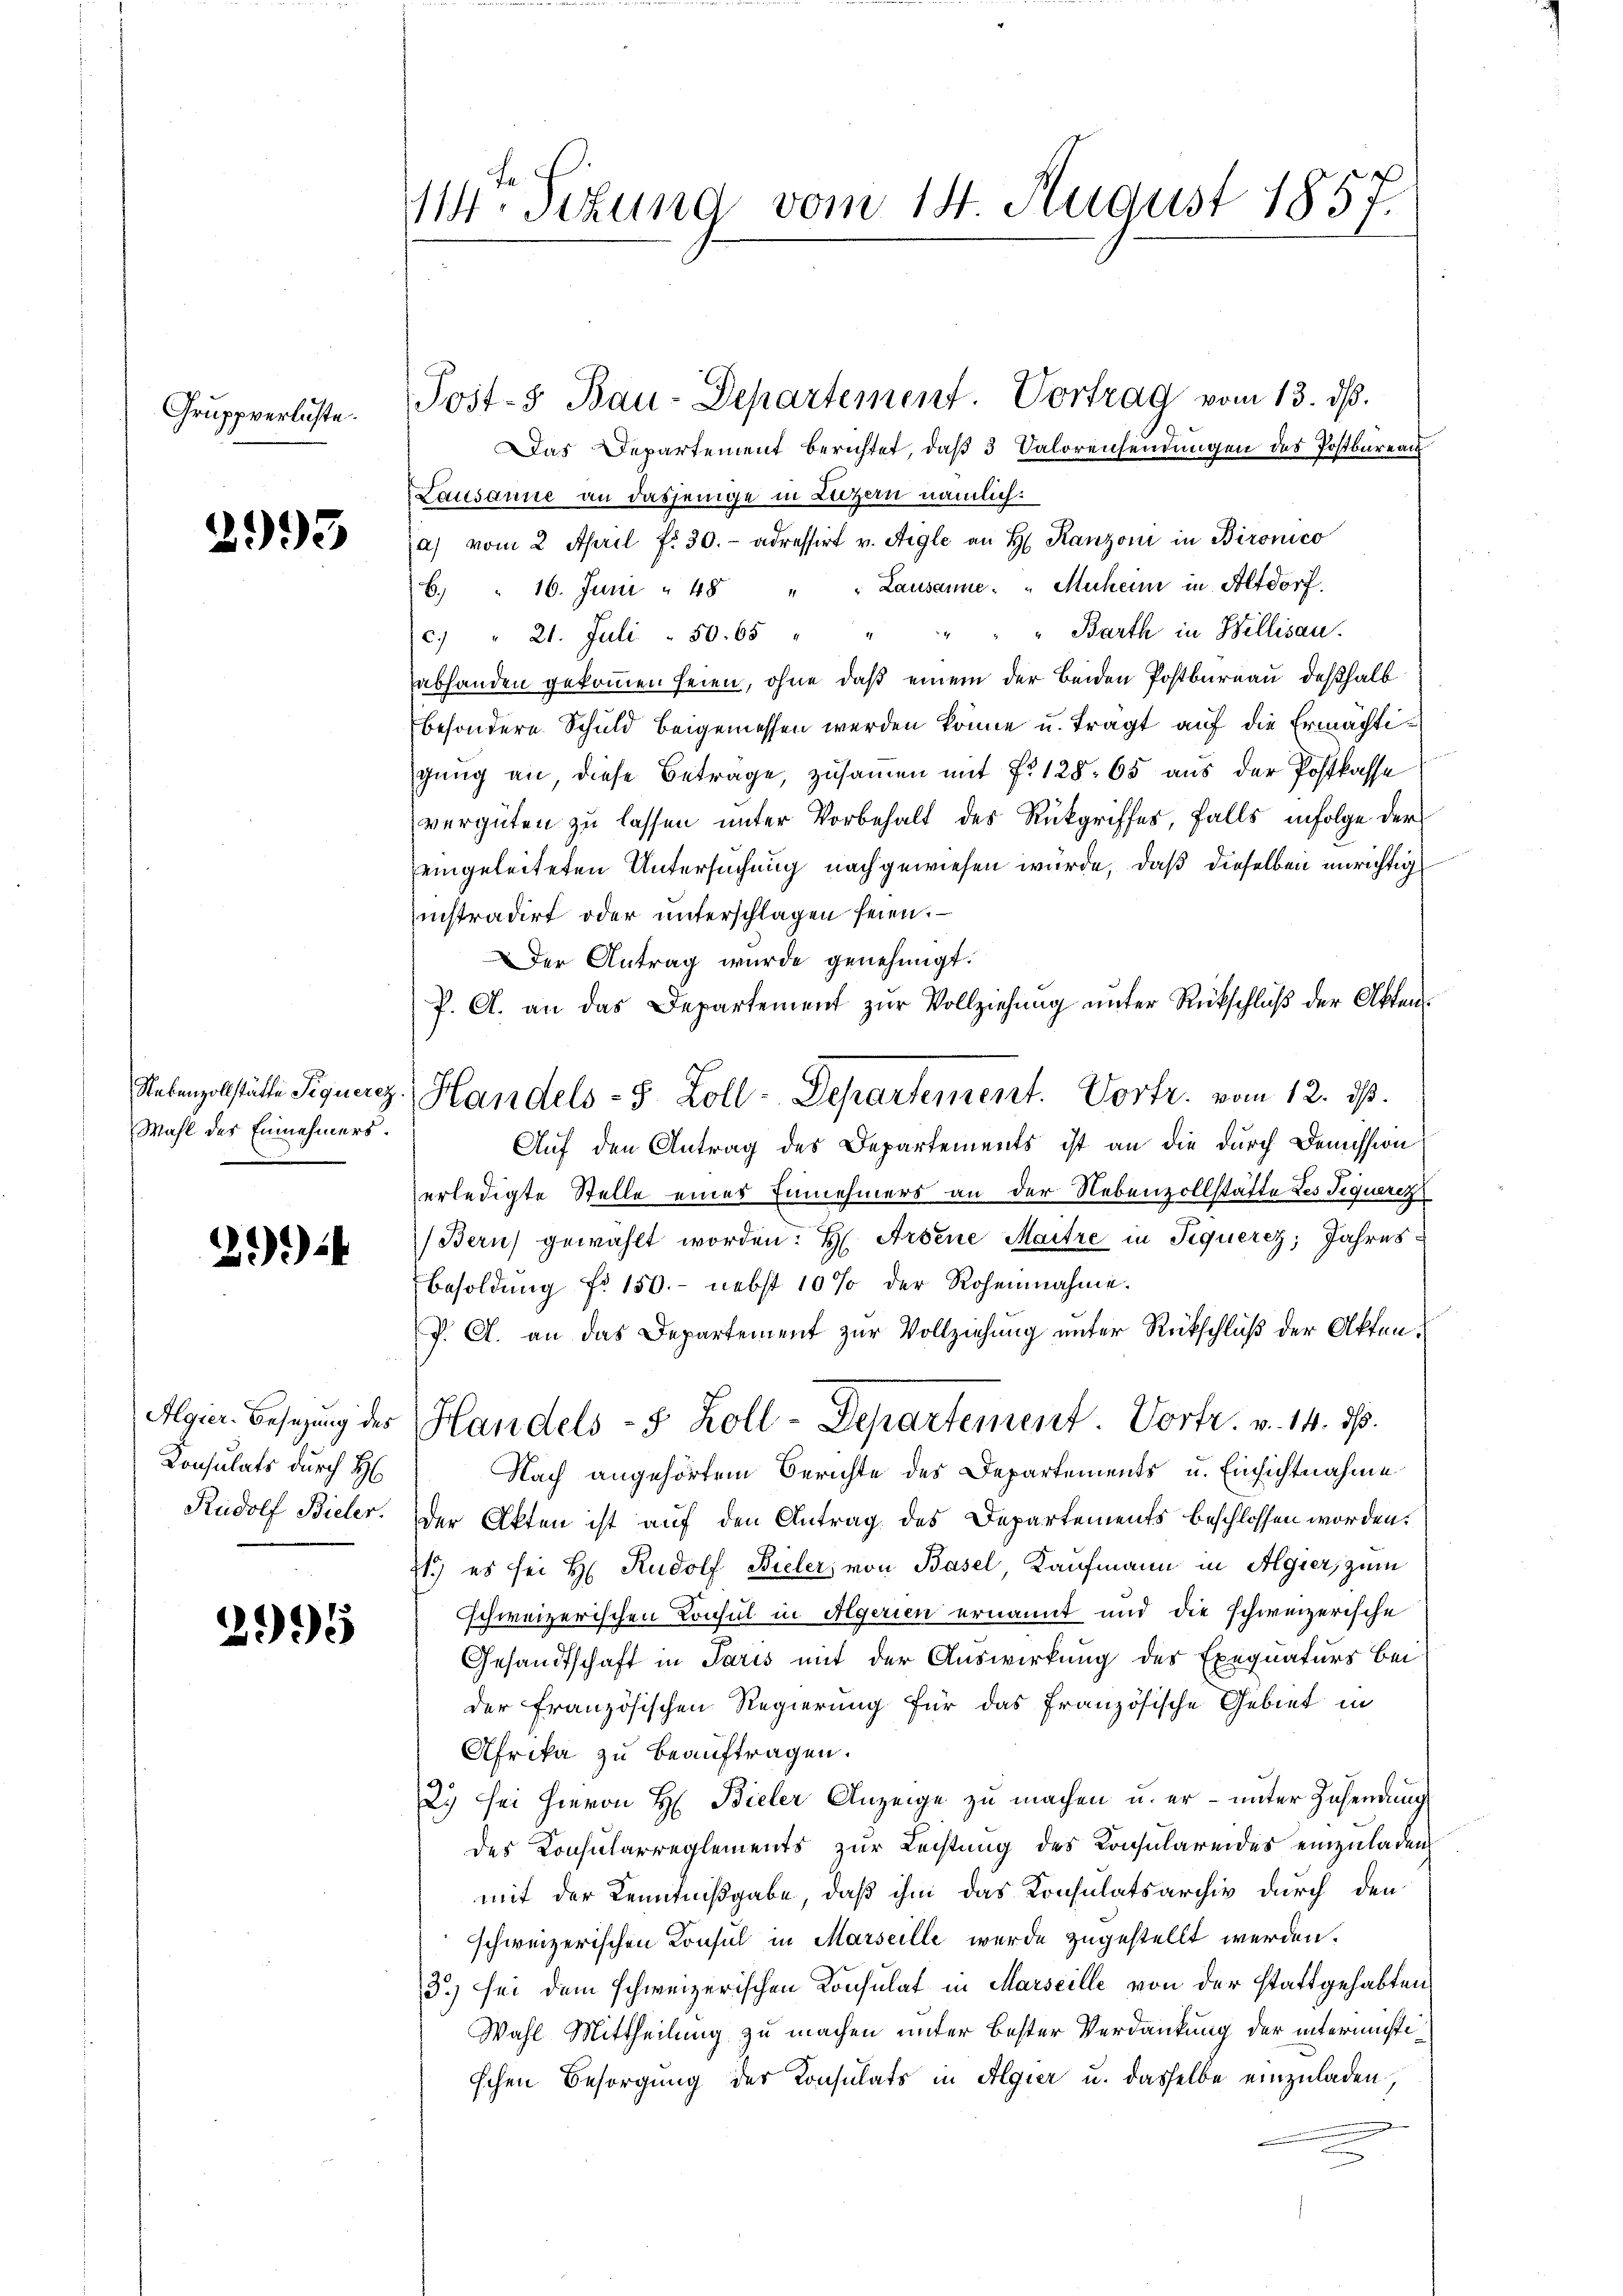
Gruppverlüste.

2993

Wahl des Einnehmers.

24

Algier-Besetzung des
Konsulats durch H
Rudolf Bieler.

2995

114ten Sitzung vom 14. August 1857.

Post- & Bau-Departement. Vortrag vom 13. ds.

as Departement berichtet, daß 3 Valorensendungen des Postbureau
Lausanne an dasjenige in Luzern nämlich:
a) vom 2 April fr. 30.- adressirt v. Aigle an H. Ranzoni in Bironico
6. " 16. Juni " 48 " " Lausanne. " Muheim in Altdorf.
c. " 21. Juli " 50. 65 " " " " " Barth in Bellisau.
abhanden gekommen seien, ohne daß einem der beiden Postbureau deßhalb
besondere Schuld beigemessen werden könne u. tragt auf die Ermächtigung an, diese Betrage, zusammen mit No 128. 65 aus der Postkasse
vergüten zu lassen unter Vorbehalt des Rückgriffes, falls infolge der
eingeleiteten Untersuchung nachgewiesen würde, daß dieselben unrichtig
instradirt oder unterschlagen seien.
Der Antrag wurde genehmigt.
f. A. an das Departement zŭr Vollziehŭng ŭnter Rückschluβ der Akten.
Auf den Antrag des Departements ist an die durch Demission
erledigte Stelle einer Einnehmers an der Nebenzollstatte des Sequerez
Bern) gewählt worden: H. Arbene Maitre in Siquerez, Jahres¬
Besoldung No 150.- nebst 10 % der Roheinahme.
P. C. an das Departement zur Vollziehung unter Rückschluß der Akten.
Handels- 5 Zoll-Departement. Vortr. v. 14. 36.
Nach angehörtem Berichte des Departements u. Einsichtnahme
Der Akten ist auf den Antrag des Departements beschlossen worden.
71.) es sei H. Rudolf Bieler, von Basel, Kaufmann in Algier, zum
schweizerischen Konsul in Algerien ernannt und die schweizerische
Gesandtschaft in Paris mit der Auswirkung des Exequaturs bei
der Französischen Regierung für das französische Gebiet in
Afrika zu beauftragen.
2) sei hievon H: Bieler Anzeige zu machen u. er – unter Zusendung
des Consularreglements zur Leistung des Konsulareides einzuladen
mit der Kenntnißgabe, daß ihm das Konsulatsarchiv durch den
schweizerischen Konsul in Marseille werde zugestellt werden.
3) sei dem schweizerischen Konsulat in Marseille von der stattgehabten,
Wahl Mittheilung zu machen unter bester Verdankung der intermistischen Besorgung der Konsulats in Algier u. dasselbe einzuladen,

Nebenzollstätte Signeres Handels- 5 Zoll- Separtement. Vortr. vom 12. ds.